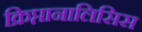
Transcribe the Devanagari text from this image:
क्रिप्तानालिसिस